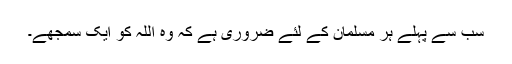
سب سے پہلے ہر مسلمان کے لئے ضروری ہے کہ وہ اللہ کو ایک سمجھے۔